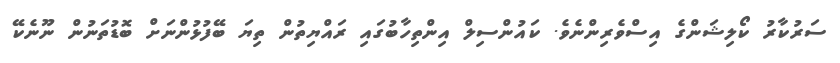
ސަރުކާރު ކޯލިޝަންގެ އިސްވެރިންނެވެ. ކައުންސިލް އިންތިހާބުގައި ރައްޔިތުން ތިޔަ ބޭފުޅުންނަށް ބޮޑުތަނުން ނޫނެކޭ